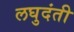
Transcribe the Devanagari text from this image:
लघुदंती